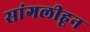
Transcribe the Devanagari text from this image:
सांगलीहून